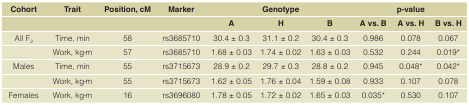
| Cohort | Trait | Position, cM | Marker | <COLSPAN=3> Genotype | <COLSPAN=3> p-value |
 | <COLSPAN=4>  | A | H | B | A vs. B | A vs. H | B vs. H |
 | --- | --- | --- | --- | --- | --- | --- | --- | --- | --- |
 | All F2 | Time, min | 58 | rs3685710 | 30.4 ± 0.3 | 31.1 ± 0.2 | 30.4 ± 0.3 | 0.986 | 0.078 | 0.067 |
 |  | Work, kg·m | 57 | rs3685710 | 1.68 ± 0.03 | 1.74 ± 0.02 | 1.63 ± 0.03 | 0.532 | 0.244 | 0.019* |
 | Males | Time, min | 55 | rs3715673 | 28.9 ± 0.2 | 29.7 ± 0.3 | 28.8 ± 0.2 | 0.945 | 0.048* | 0.042* |
 |  | Work, kg·m | 55 | rs3715673 | 1.62 ± 0.05 | 1.76 ± 0.04 | 1.59 ± 0.08 | 0.933 | 0.107 | 0.078 |
 | Females | Work, kg·m | 16 | rs3696080 | 1.78 ± 0.05 | 1.72 ± 0.02 | 1.65 ± 0.03 | 0.035* | 0.530 | 0.107 |